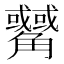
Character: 𲁟